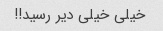
خیلی خیلی دیر رسید!!